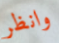
وانظر